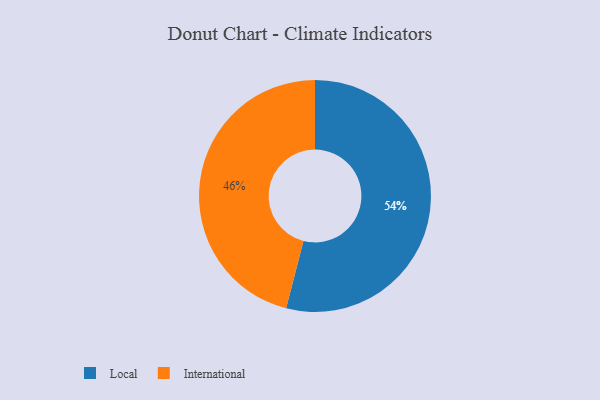
{"axis": {"x": "Category", "y": "Percentage"}, "legend": ["International", "Local"], "data": [{"x": "Local", "y": 54, "type": "Local"}, {"x": "International", "y": 46, "type": "International"}]}